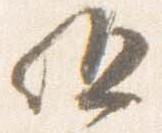
駈